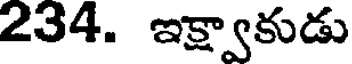
234. ఇక్ష్వాకుడు